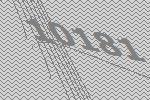
10181